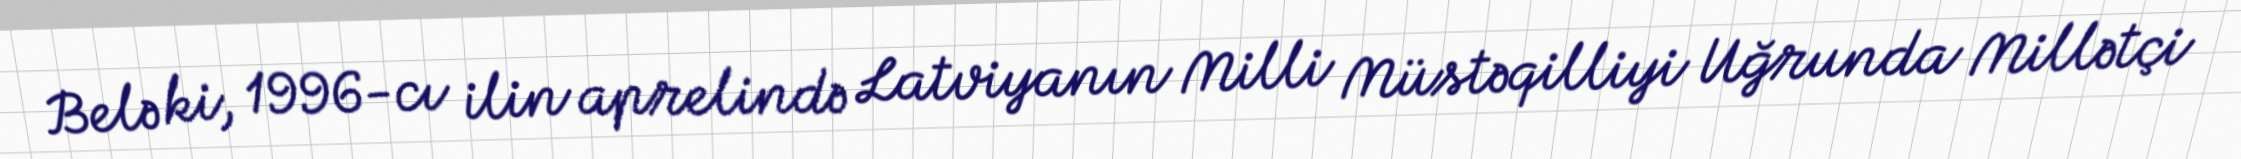
Belə ki, 1996-cı ilin aprelində Latviyanın Milli Müstəqilliyi Uğrunda Millətçi